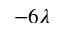
- 6 \lambda